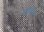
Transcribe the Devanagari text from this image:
लाथिरा